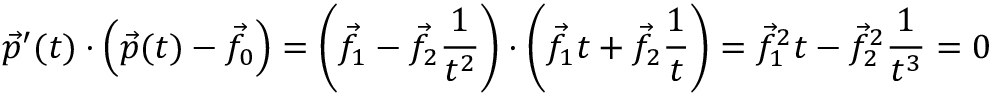
{ \vec { p } } ^ { \prime } ( t ) \cdot \left( { \vec { p } } ( t ) - { \vec { f } } _ { 0 } \right) = \left( { \vec { f } } _ { 1 } - { \vec { f } } _ { 2 } { \frac { 1 } { t ^ { 2 } } } \right) \cdot \left( { \vec { f } } _ { 1 } t + { \vec { f } } _ { 2 } { \frac { 1 } { t } } \right) = { \vec { f } } _ { 1 } ^ { 2 } t - { \vec { f } } _ { 2 } ^ { 2 } { \frac { 1 } { t ^ { 3 } } } = 0